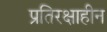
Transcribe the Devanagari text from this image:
प्रतिरक्षाहीन